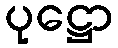
ပုဋ္ဌော